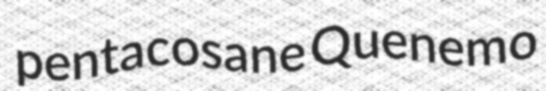
pentacosane Quenemo